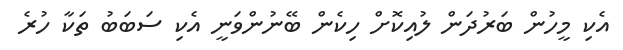
އެކި މީހުން ބަރުދަން ލުއިކޮށް ހިކެން ބޭނުންވަނީ އެކި ސަބަބު ތަކާ ހުރެ